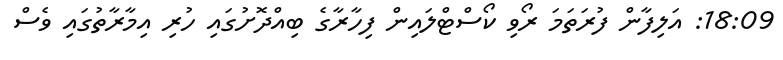
18:09: އަލިފާން ފުރަތަމަ ރޯވި ކޯސްޓްލައިން ފިހާރާގެ ބިއްދޮށުގައި ހުރި އިމާރާތުގައި ވެސް